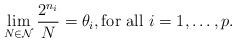
LaTeX: \begin{align*}\lim_{N\in\mathcal{N}}\frac{2^{n_{i}}}{N}=\theta_{i},\mbox{for all}\,\,i=1,\ldots,p.\end{align*}